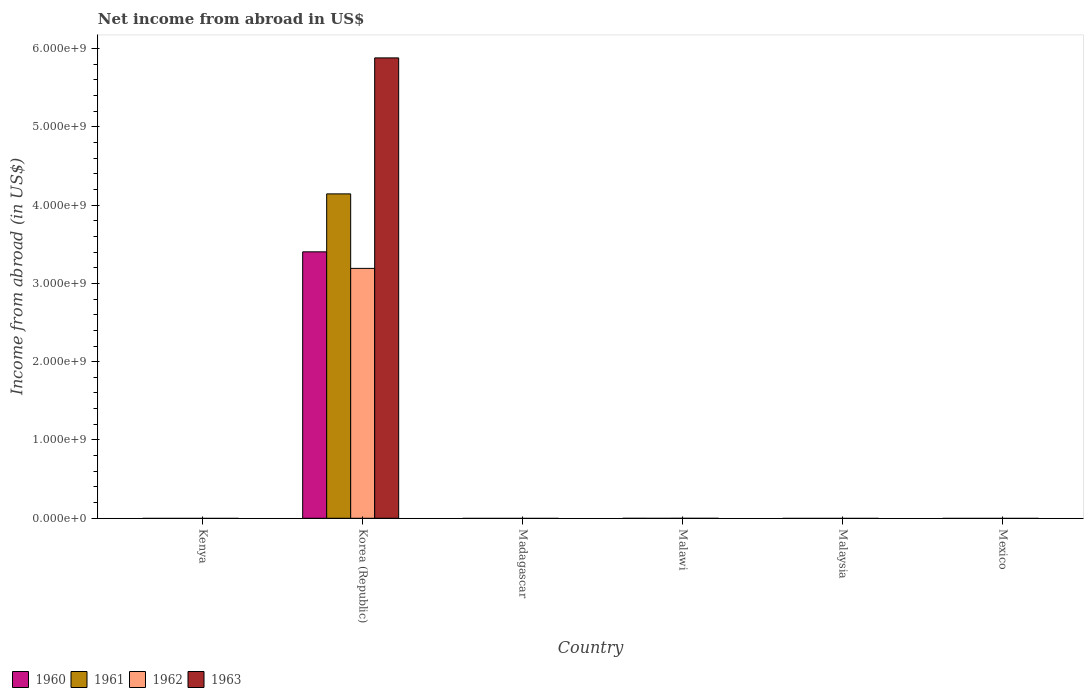
| Country | 1960 | 1961 | 1962 | 1963 |
 | --- | --- | --- | --- | --- |
 | Kenya | -1.88e+08 | -1.62e+08 | -1.65e+08 | -1.98e+08 |
 | Korea (Republic) | 3.4e+09 | 4.14e+09 | 3.19e+09 | 5.88e+09 |
 | Madagascar | -1.1e+09 | -1.14e+09 | -1.22e+09 | -1.24e+09 |
 | Malawi | -1.6e+06 | -2.2e+06 | -1.4e+06 | -1.6e+06 |
 | Malaysia | -2.5e+08 | -1.89e+08 | -1.42e+08 | -1.71e+08 |
 | Mexico | -4.67e+06 | -4.81e+06 | -4.82e+06 | -5.37e+06 |